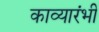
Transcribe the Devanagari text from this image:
काव्यारंभी